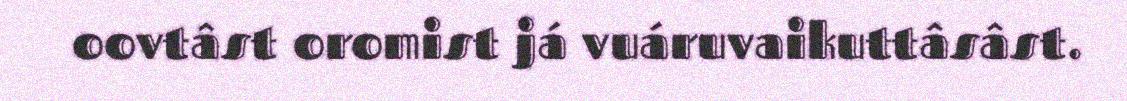
oovtâst oromist já vuáruvaikuttâsâst.